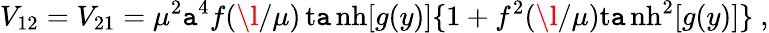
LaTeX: V_{12}=V_{21}=\mu^{2}\mathtt{a}^{4}f(\l/\mu)\operatorname{t\mathtt{a}nh}[g(y)]\{ 1+f^{2}(\l/\mu)\operatorname{t\mathtt{a}nh}^{2}[g(y)]\} ~,